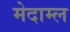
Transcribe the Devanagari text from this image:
मेदाम्ल